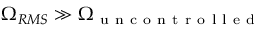
\Omega _ { R M S } \gg \Omega _ { \mathrm { ~ u ~ n ~ c ~ o ~ n ~ t ~ r ~ o ~ l ~ l ~ e ~ d ~ } }